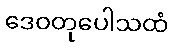
ဒေဝတုပေါသထံ